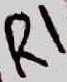
Text: R1